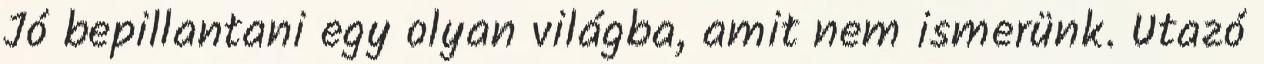
Jó bepillantani egy olyan világba, amit nem ismerünk. Utazó